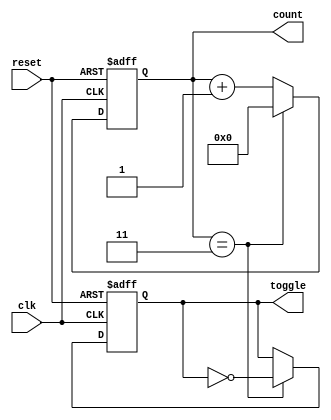
module DivideByNCounter #(
    parameter N = 4 // Parameter for the divide value
)(
    input wire clk,           // Clock input
    input wire reset,         // Synchronous reset input
    output reg [N-1:0] count, // Counter output
    output reg toggle         // Output toggle signal
);

    // Internal signal to determine when to toggle
    wire count_max = (count == (N-1));

    // Always block for synchronous reset and counting
    always @(posedge clk or posedge reset) begin
        if (reset) begin
            count <= 0; // Reset the counter to 0
            toggle <= 0; // Reset the toggle signal
        end else begin
            if (count_max) begin
                count <= 0; // Reset count to 0 when it reaches N
                toggle <= ~toggle; // Toggle the output signal
            end else begin
                count <= count + 1; // Increment the counter
            end
        end
    end

endmodule